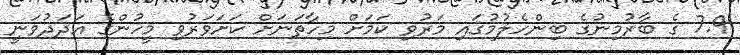
7.9 ގެ ބާރުމިނުގެ ބިންހެލުމުގައި މަރުވި ކަމަށް މިހާތަނަށް ކަށަވަރުވި މީހުންގެ އަދަދުވަނީ